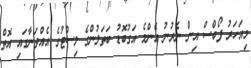
މިއަހަރު ފޯބްސް އިން ނެރުނު އެންމެ އަގުބޮޑު ބަތަލުންގެ ލިސްޓުގެ އެއްވަނާގައި އޮތް